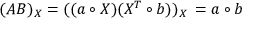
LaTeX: ( A B ) _ { X } = ( ( a \circ X ) ( X ^ { T } \circ b ) ) _ { X } \, = a \circ b